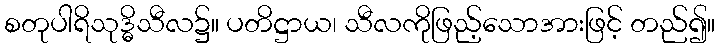
စတုပါရိသုဒ္ဓိသီလ၌။ ပတိဋ္ဌာယ၊ သီလကိုဖြည့်သောအားဖြင့် တည်၍။